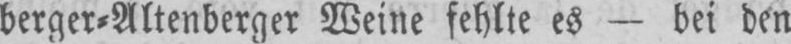
berger⸗Altenberger Weine fehlte es - bei den